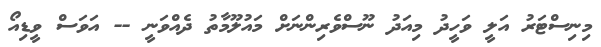
މިނިސްޓަރު އަލީ ވަހީދު މިއަދު ނޫސްވެރިންނަށް މައުލޫމާތު ދެއްވަނީ -- އަވަސް ވީޑިއޯ